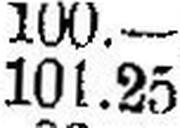
101.25